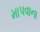
માપવાના